Report on horse surra - Volume I
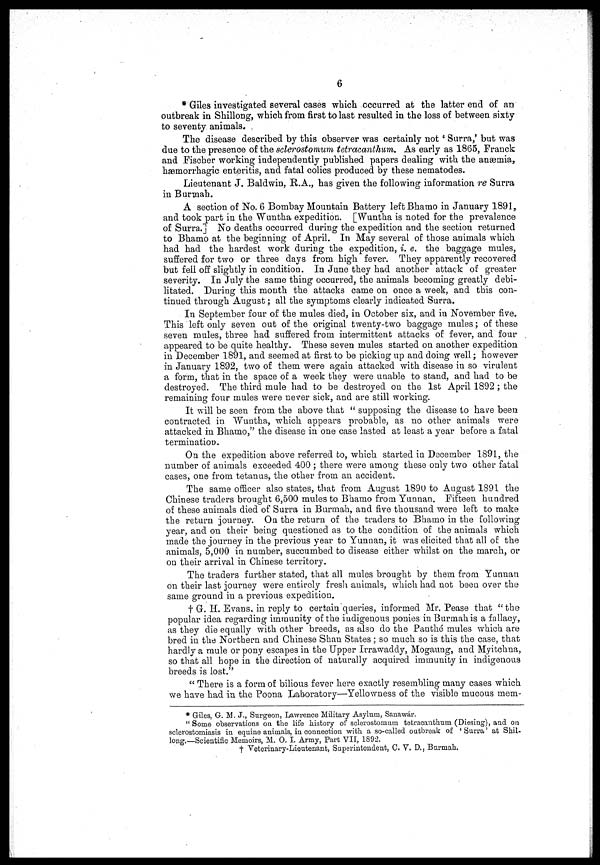
6
* Giles investigated several cases which occurred at the latter end of an
outbreak in Shillong, which from first to last resulted in the loss of between sixty
to seventy animals.
The disease described by this observer was certainly not ' Surra,' but was
due to the presence of the sclerostomum tetracanthum. As early as 1865, Franck
and Fischer working independently published papers dealing with the anæmia,
hæmorrhagic enteritis, and fatal colics produced by these nematodes.
Lieutenant J. Baldwin, R.A., has given the following information re Surra
in Burmah.
A section of No. 6 Bombay Mountain Battery left Bhamo in January 1891,
and took part in the Wuntha expedition. [Wuntha is noted for the prevalence
of Surra.] No deaths occurred during the expedition and the section returned
to Bhamo at the beginning of April. In May several of those animals which
had had the hardest work during the expedition, i. e. the baggage mules,
suffered for two or three days from high fever. They apparently recovered
but fell off slightly in condition. In June they had another attack of greater
severity. In July the same thing occurred, the animals becoming greatly debi-
litated. During this month the attacks came on once a week, and this con-
tinued through August ; all the symptoms clearly indicated Surra.
In September four of the mules died, in October six, and in November five.
This left only seven out of the original twenty-two baggage mules; of these
seven mules, three had suffered from intermittent attacks of fever, and four
appeared to be quite healthy. These seven mules started on another expedition
in December 1891, and seemed at first to be picking up and doing well; however
in January 1892, two of them were again attacked with disease in so virulent
a form, that in the space of a week they were unable to stand, and had to be
destroyed. The third mule had to be destroyed on the 1st April 1892 ; the
remaining four mules were never sick, and are still working.
It will be seen from the above that " supposing the disease to have been
contracted in Wuntha, which appears probable, as no other animals were
attacked in Bhamo," the disease in one case lasted at least a year before a fatal
termination.
On the expedition above referred to, which started in December 1891, the
number of animals exceeded 400 ; there were among these only two other fatal
cases, one from tetanus, the other from an accident.
The same officer also states, that from August 1890 to August 1891 the
Chinese traders brought 6,500 mules to Bhamo from Yunnan. Fifteen hundred
of these animals died of Surra in Burmah, and five thousand were left to make
the return journey. On the return of the traders to Bhamo in the following
year, and on their being questioned as to the condition of the animals which
made the journey in the previous year to Yunnan, it was elicited that all of the
animals, 5,000 in number, succumbed to disease either whilst on the march, or
on their arrival in Chinese territory.
The traders further stated, that all mules brought by them from Yunnan
on their last journey were entirely fresh animals, which had not been over the
same ground in a previous expedition.
† G. H. Evans, in reply to certain queries, informed Mr. Pease that " the
popular idea regarding immunity of the indigenous ponies in Burmah is a fallacy,
as they die equally with other breeds, as also do the Panthé mules which are
bred in the Northern and Chinese Shan States ; so much so is this the case, that
hardly a mule or pony escapes in the Upper Irrawaddy, Mogaung, and Myitchna,
so that all hope in the direction of naturally acquired immunity in indigenous
breeds is lost."
" There is a form of bilious fever here exactly resembling many cases which
we have had in the Poona Laboratory—Yellowness of the visible mucous mem-
* Giles, G. M, J., Surgeon, Lawrence Military Asylum, Sanawár.
" Some observations on the life history of sclerostomum tetracanthum (Diesing), and on
sclerostomiasis in equine animals, in connection with a so-called outbreak of ' Surra' at Shil-
long.—Scientific Memoirs, M. O. I. Army, Part VII, 1892.
† Veterinary-Lieutenant, Superintendent, C. V. D., Burmah.